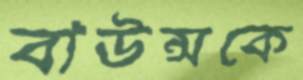
বাউন্সকে